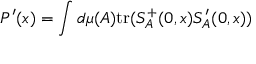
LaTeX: P ^ { \prime } ( x ) = \int d \mu ( A ) \mathrm { t r } ( S _ { A } ^ { + } ( 0 , x ) S _ { A } ^ { \prime } ( 0 , x ) )